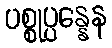
ပစ္စုပ္ပန္နေန